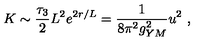
K \sim \frac { \tau _ { 3 } } { 2 } L ^ { 2 } e ^ { 2 r / L } = \frac { 1 } { 8 \pi ^ { 2 } g _ { Y M } ^ { 2 } } u ^ { 2 } \ ,